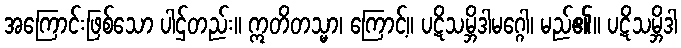
အကြောင်းဖြစ်သော ပါဌ်တည်း။ ဣတိတသ္မာ၊ ကြောင့်။ ပဋိသမ္ဘိဒါမဂ္ဂေါ၊ မည်၏။ ပဋိသမ္ဘိဒါ